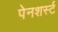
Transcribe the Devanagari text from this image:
पेनशर्स्ट